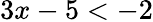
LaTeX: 3x-5<-2